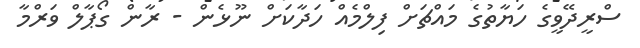
ސްރީދޭވީގެ ހަޔާތުގެ މައްޗަށް ފިލްމެއް ހަދާކަށް ނޫޅެން - ރާން ގޯޕާލް ވަރްމާ